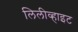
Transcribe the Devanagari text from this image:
लिलीव्हाइट